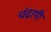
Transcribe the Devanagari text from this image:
चंद्रापी